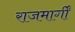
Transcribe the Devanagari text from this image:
राजमार्गीं